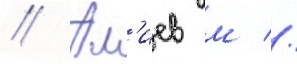
// Ал'иев м //